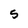
Character: 5